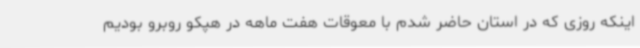
اینکه روزی که در استان حاضر شدم با معوقات هفت ماهه در هپکو روبرو بودیم